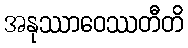
အနုဿာဝေဿတီတိ